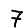
Digit: 7